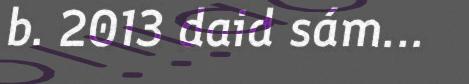
b. 2013 daid sám...